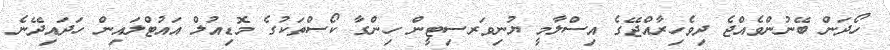
ހޯދަން ބޭނުންވެއްޖެ ދިވެހިރާއްޖޭގެ އިސްލާމީ ޔުނިވަރސިޓީން ހިންގާ ކޯސްތަކުގެ މޮޑިއުލް އައުޓްލައިން ހަދައިދޭނެ